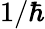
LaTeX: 1/\hbar